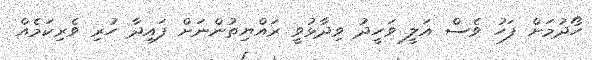
ހޯދުމަށް ފަހު ވެސް އަލީ ވަހީދު ވިދާޅުވީ ރައްޔިތުންނަށް ފައިދާ ހުރި ވެރިކަމެއް